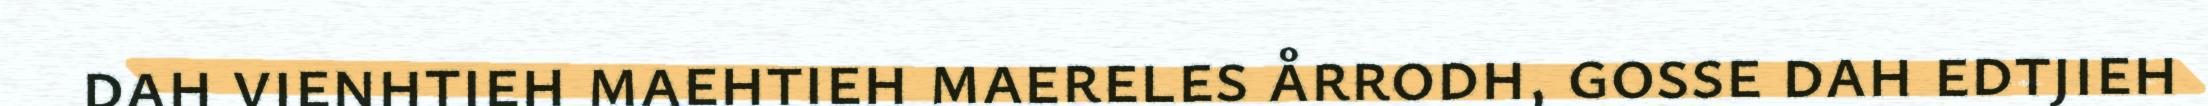
dah vienhtieh maehtieh maereles årrodh, gosse dah edtjieh